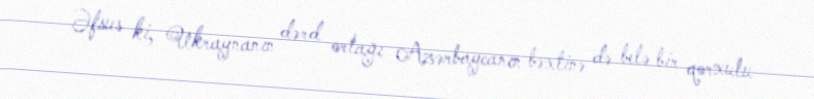
Əfsus ki, Ukraynanın dərd ortağı Azərbaycanın bəxtinə də belə bir qorxulu